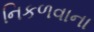
નિકળવાના